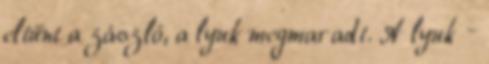
eltűnt a zászló, a lyuk megmaradt. A lyuk –